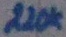
Text: 220K